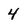
Character: 4